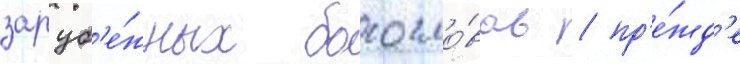
заруб'е́жных богосло́вов / пр'е́жд'е